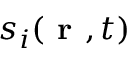
s _ { i } ( \textbf { r } , t )